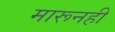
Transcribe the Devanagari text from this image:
मारूनही